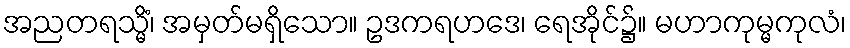
အညတရသ္မိံ၊ အမှတ်မရှိသော။ ဥဒကရဟဒေ၊ ရေအိုင်၌။ မဟာကုမ္မကုလံ၊